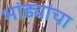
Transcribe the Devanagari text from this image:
भांड्यांचा